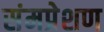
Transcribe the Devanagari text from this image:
संमप्रेशण